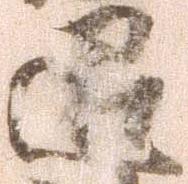
退